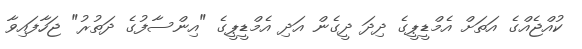
ކުއްޖެއްގެ އަތަށް އެމްޑީޕީގެ ދިދަ ދީގެން އަދި އެމްޑީޕީގެ "އިންސާފުގެ ދަތުރު" ޖަހާފައިވާ